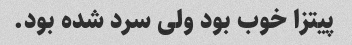
پیتزا خوب بود ولی سرد شده بود.